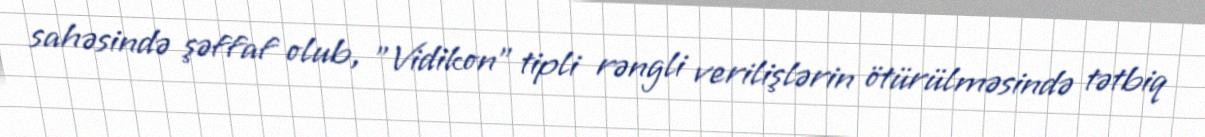
sahəsində şəffaf olub, "Vidikon" tipli rəngli verilişlərin ötürülməsində tətbiq